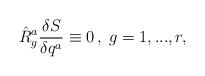
LaTeX: \begin{align*}\hat{R}_{g}^{a}\frac{\delta S}{\delta q^{a}}\equiv 0\,,\;g=1,...,r,\end{align*}